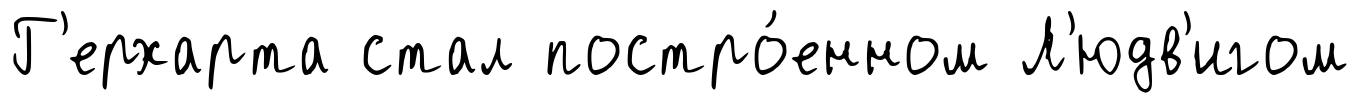
Г'ерхарта стал постро́енном Л'юдв'игом